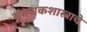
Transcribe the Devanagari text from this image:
संगणकशास्त्राचे